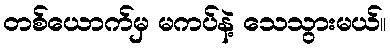
တစ်ယောက်မှ မကပ်နဲ့ သေသွားမယ်။